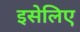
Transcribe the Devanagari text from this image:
इसेलिए